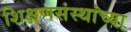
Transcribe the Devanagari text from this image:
शिक्षणसंस्थांच्या